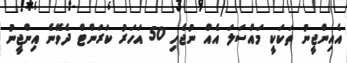
އެއިންޖީނު ތަކަކީ މައްސަލަ އެއް ނުޖެހި 50 އަހަރު ކަރަންޓް ދެވޭނެ އިންޖީނު